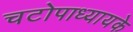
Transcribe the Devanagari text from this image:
चटोपाध्यायके